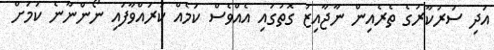
އަދި ސަރުކާރުގެ ތެރެއިން ނާޖާއިޒު ގޮތުގައި އެއްވެސް ކަމެއް ކުރައްވާފައި ނޯންނާނެ ކަމަށް